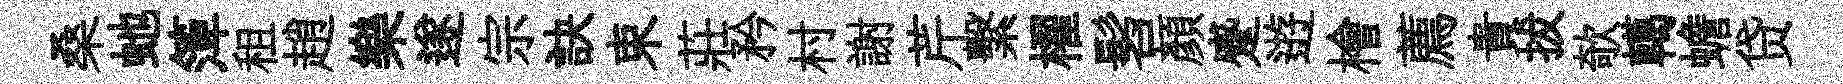
桑虵𥱼租趙樂遂宗訣束莊矜村謝芹繫櫂髫顔蹙逰檜薦貴拔欹轕蟾贷